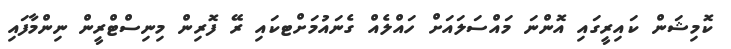
ކޮމިޝަން ކައިރީގައި އޮންނަ މައްސަލައަށް ހައްލެއް ގެނައުމަށްޓކައި ރޭ ފޮރިން މިނިސްޓްރީން ނިންމާފައި